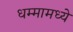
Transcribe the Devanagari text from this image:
धम्मामध्ये